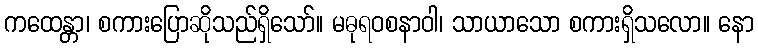
ကထေန္တာ၊ စကားပြောဆိုသည်ရှိသော်။ မဓုရဝစနာဝါ၊ သာယာသော စကားရှိသလော။ နော